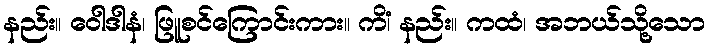
နည်း။ ဝေါဒါနံ၊ ဖြူစင်ကြောင်းကား။ ကိံ၊ နည်း။ ကထံ၊ အဘယ်သို့သော